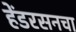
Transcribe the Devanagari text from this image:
हेंडरसनचा